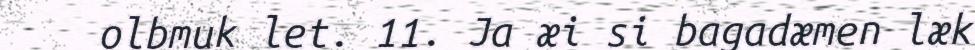
olbmuk let. 11. Ja æi si bagadæmen læk